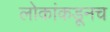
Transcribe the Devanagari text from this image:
लोकांकडूनच